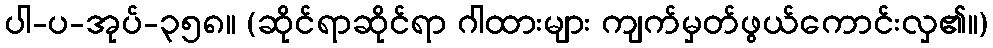
ပါ-ပ-အုပ်-၃၅၈။ (ဆိုင်ရာဆိုင်ရာ ဂါထားများ ကျက်မှတ်ဖွယ်ကောင်းလှ၏။)